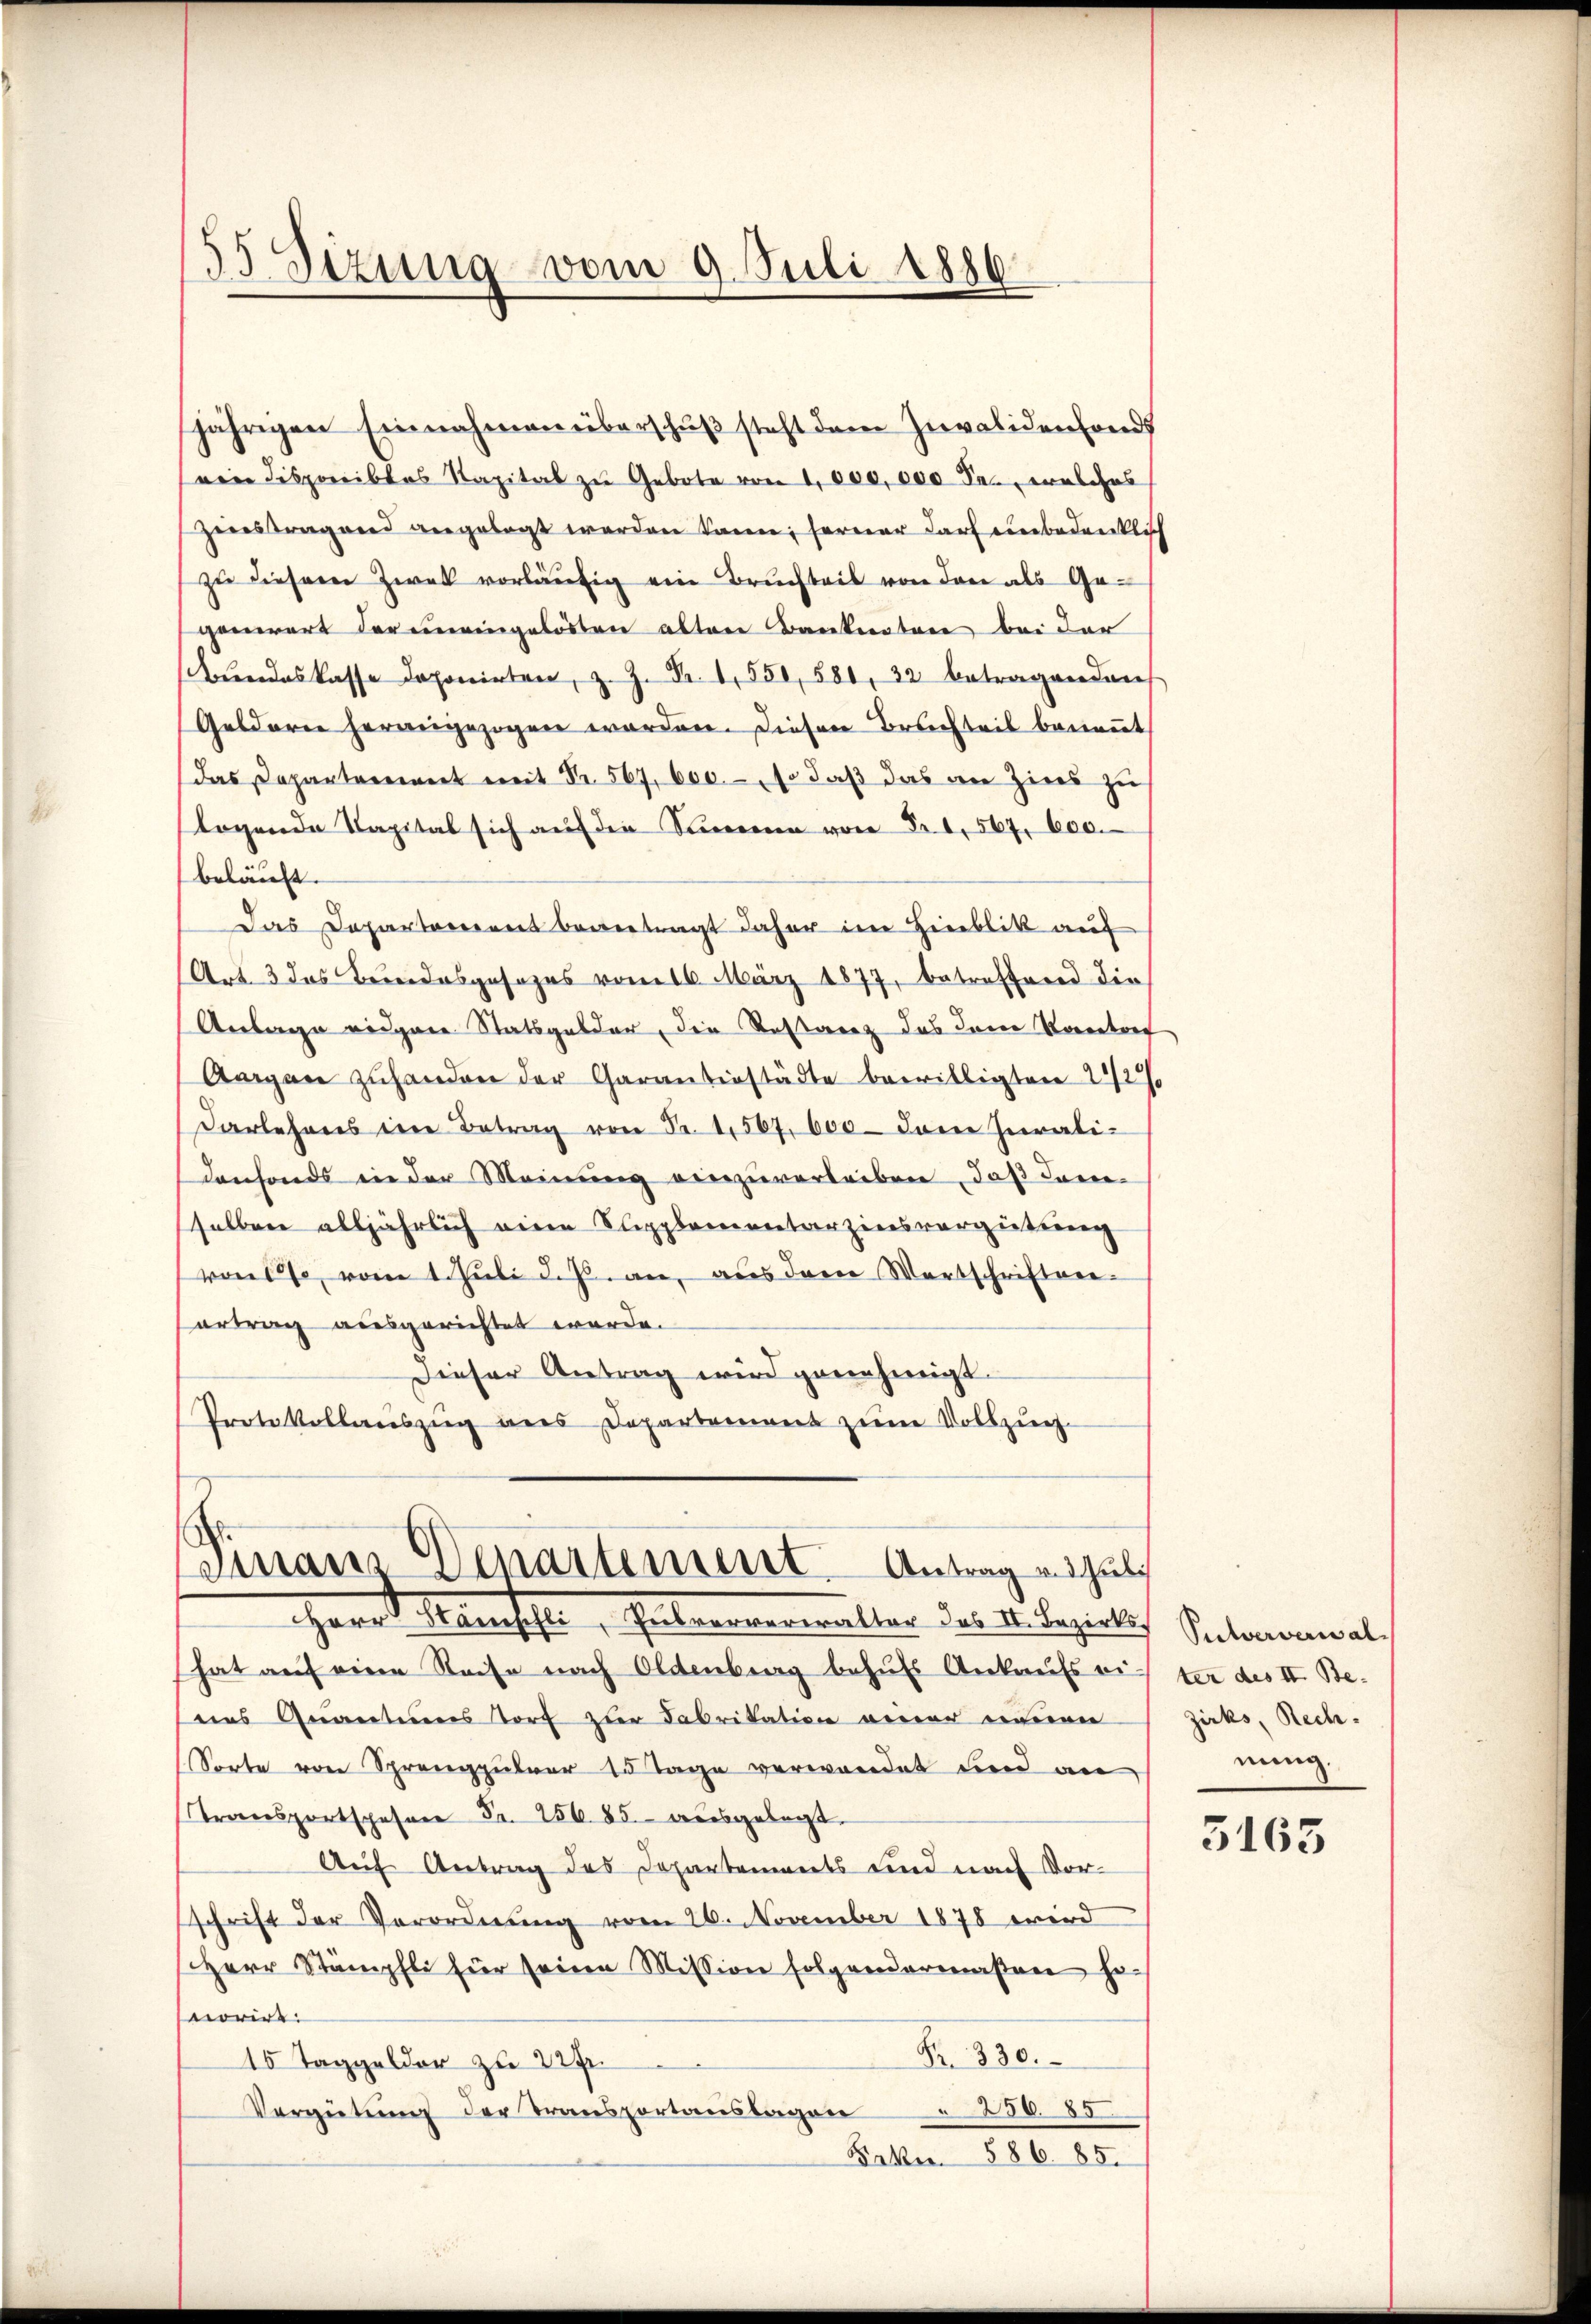
35 Sizung vom 9. Juli 1886.

wie disponibles Kapital zu Gebote von 1,000,000 Fr., welches
Zieestragend angelegt werden kann; ferner darf einbedenklich
zŭ diesem Zwek vorläŭfig ein Bruchteil von den als Ge-
generart der meingelösten altere Bankentare bei der
undeskasse deponirten, z. Z. Nr. 1550, 580, 32 betragenden
Geldern herangezogen werden. Diesen Bruchteil benannt
das Departement mit Nr. 567. 600. – so daß das an Zins zu
logende Kapital sich auf die Simmen von § 1, 567. 600.
beläuft.
Das Departement beantragt daher im Hinblik auf
Art. 3 das Bundesgesages vom 16. März 1877, betreffend die
Antage weigene Statsgelder, die Testanz das dene Vortref
Aargau zuhandern der Garanterstädte bewilligten 21/2%
Darlehens im Betrag von Fr. 1567. 600 dem hirati-
denfonds in der Meinŭng einzŭverleiben, daß dem-
selben alljährlich eine Klipplementarzinsvergütung
vons, vom 1. Juli d. Js. an, aus dem Wortschriftenertrag ausgerichtet werde.
Dieser Antrag wird genehmigt.
Protokollauszug aus Departement zum Vollzug

jährigen Einnahmen überschuß steht dem Invalidenfonds

Finanz Departement. Antrag einzule
Herr Menschte, Getrennerwalter des v. dezidlich Salomonial

hat auf eine Reise nach Oldenberg behufs Ankaufs eiter des II. Be-
ns Quantiienstorf zur Fabrikation einer neuen
Sorte von Sprengpulver 15 Tage verwandet und an
transportspesen Fr. 256. 85 ausgelegt.
Auf Antrag des Departements und nach Vor-
schrift der Verordnŭng vom 26. November 1878 wird
Herr Stämpfli für seine Mission folgendermaßen haorirt
Fr. 330.
15 Taggelder zu 22fr.
250. 85.
Vergütung der Transportanslagen
Feber 586. 85.

zirks, Rech
nung.

3165